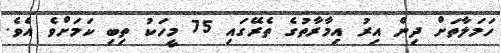
ހަމަލާތަށް ދިން އިރު އިމާރާތުގެ ތެރޭގައި 75 މީހަކު ތިބި ކަމަށްވެ އެވެ.